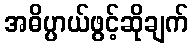
အဓိပ္ပာယ်ဖွင့်ဆိုချက်